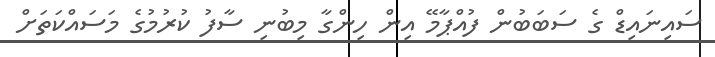
ސައިނައިޑް ގެ ސަބަބުން ފުއްޕާމޭ އިން ހިންގާ މިބުނި ސާފު ކުރުމުގެ މަސައްކަތަށް